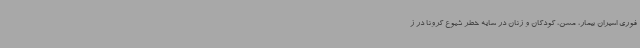
فوری اسیران بیمار، مسن، کودکان و زنان در سایه خطر شیوع کرونا در ز